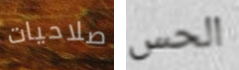
صلاحيات الحس